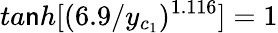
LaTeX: ta\mathsf{n}h[(6.9/y_{c_{1}})^{1.116}]=1